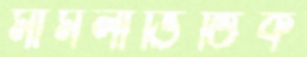
মামলাভিত্তিক